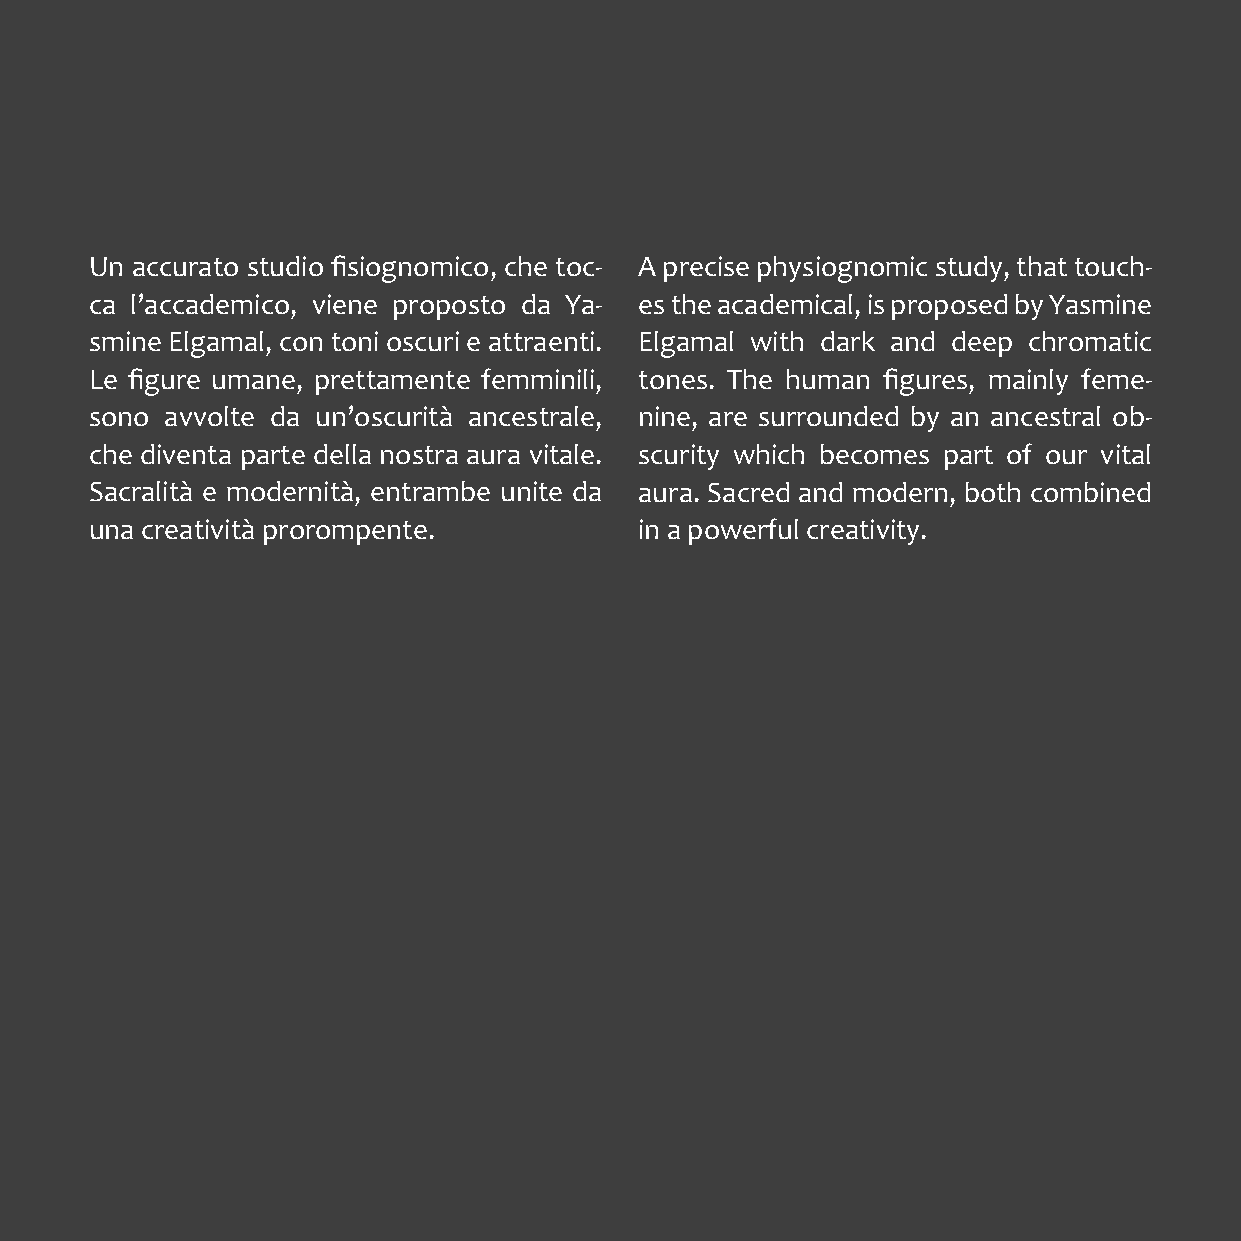
Un accurato studio fisiognomico, che toc- A precise physiognomic study, that touch-
 ca l’accademico, viene proposto da Ya- es the academical, is proposed by Yasmine
 smine Elgamal, con toni oscuri e attraenti. Elgamal with dark and deep chromatic
 Le figure umane, prettamente femminili, tones. The human figures, mainly feme-
 sono avvolte da un’oscurità ancestrale, nine, are surrounded by an ancestral ob-
 che diventa parte della nostra aura vitale. scurity which becomes part of our vital
 Sacralità e modernità, entrambe unite da aura. Sacred and modern, both combined
 una creatività prorompente.         in a powerful creativity.